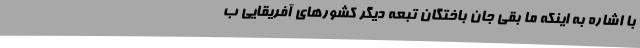
با اشاره به اینکه ما بقی جان باختگان تبعه دیگر کشورهای آفریقایی ب